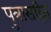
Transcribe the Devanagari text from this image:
पुत्रासहित